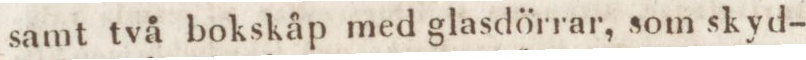
samt två bokskåp med glasdörrar, som skyd-